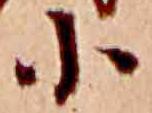
小